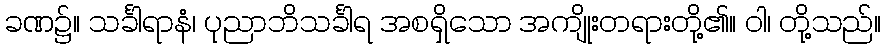
ခဏ၌။ သင်္ခါရာနံ၊ ပုညာဘိသင်္ခါရ အစရှိသော အကျိုးတရားတို့၏။ ဝါ၊ တို့သည်။